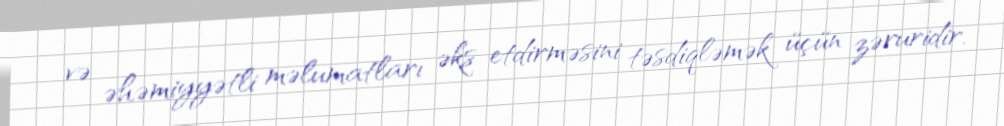
və əhəmiyyətli məlumatları əks etdirməsini təsdiqləmək üçün zəruridir.